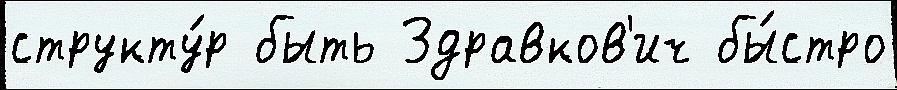
структу́р быть Здравков'ич бы́стро